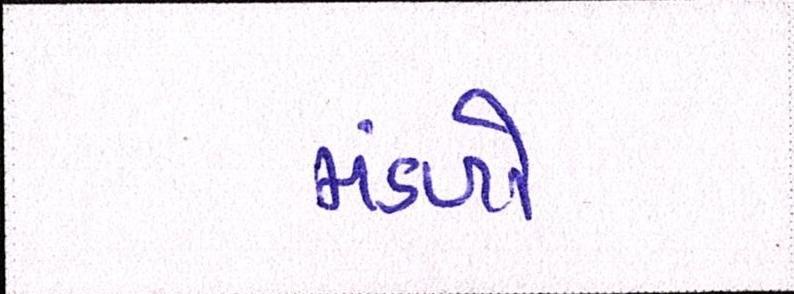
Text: મંડળો